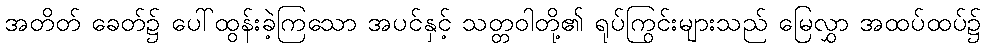
အတိတ် ခေတ်၌ ပေါ်ထွန်းခဲ့ကြသော အပင်နှင့် သတ္တဝါတို့၏ ရုပ်ကြွင်းများသည် မြေလွှာ အထပ်ထပ်၌